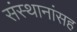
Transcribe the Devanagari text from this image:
संस्थानांसह